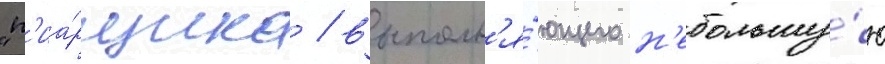
"п'иа́рщика / выполн'я́ющего н'ебольшу́ю